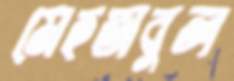
মেহতাবুল